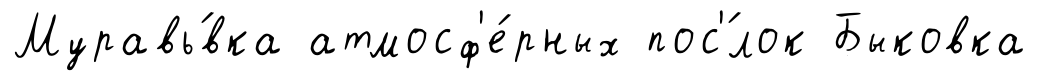
Муравь́вка атмосф'е́рных пос'́лок Быковка